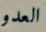
العدو